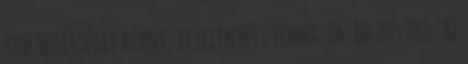
tud segítséget kérni, bejelentést tenni: 06 80 205 165. Az